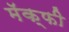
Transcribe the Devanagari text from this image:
मॅक्फी